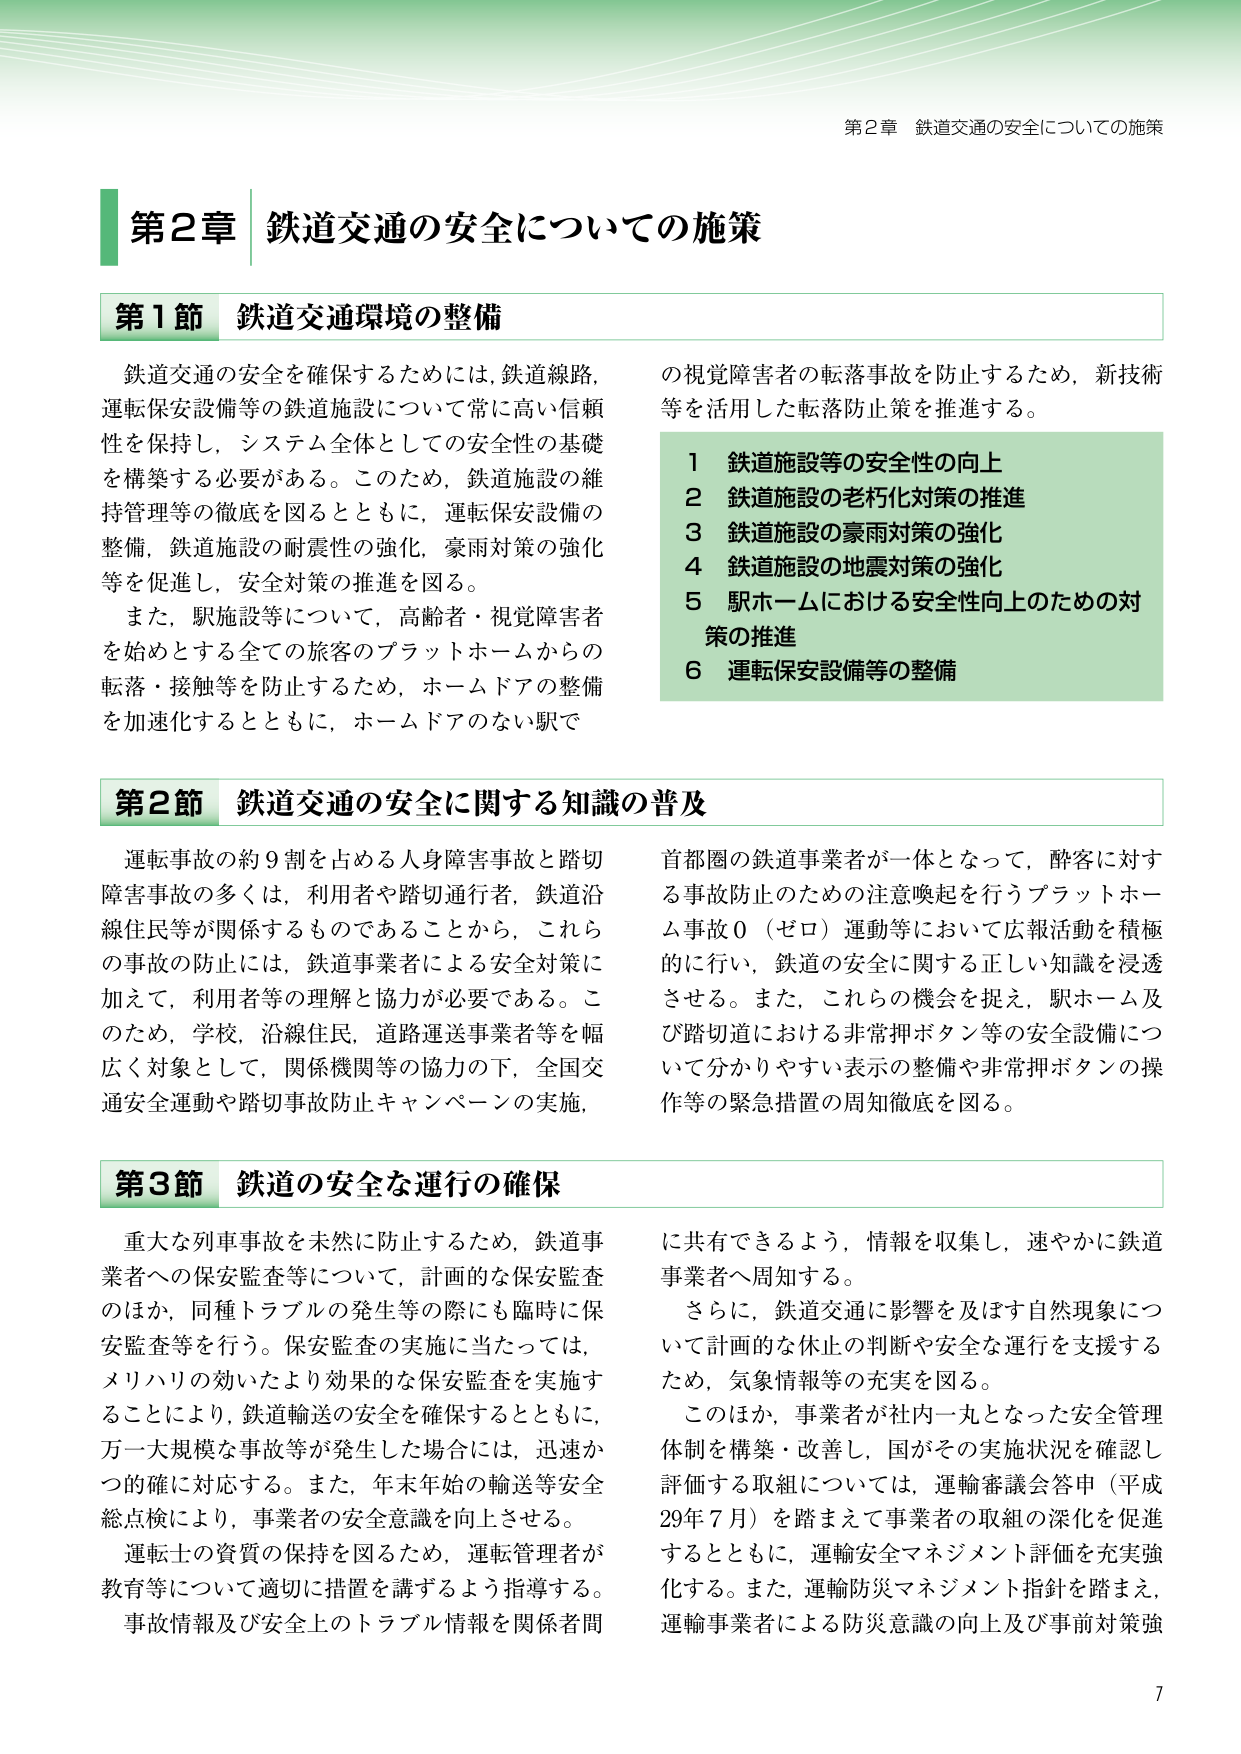
第2章 鉄道交通の安全についての施策

第1節 鉄道交通環境の整備

鉄道交通の安全を確保するためには、鉄道線路、運転保安設備等の鉄道施設について常に高い信頼性を保持し、システム全体としての安全性の基礎を構築する必要がある。このため、鉄道施設の維持管理等の徹底を図るとともに、運転保安設備の整備、鉄道施設の耐震性の強化、豪雨対策の強化等を促進し、安全対策の推進を図る。

また、駅施設等について、高齢者・視覚障害者を始めとする全ての旅客のプラットホームからの転落・接触等を防止するため、ホームドアの整備を加速化するとともに、ホームドアのない駅で

の視覚障害者の転落事故を防止するため、新技術等を活用した転落防止策を推進する。

1 鉄道施設等の安全性の向上
2 鉄道施設の老朽化対策の推進
3 鉄道施設の豪雨対策の強化
4 鉄道施設の地震対策の強化
5 駅ホームにおける安全性向上のための対策の推進
6 運転保安設備等の整備

第2節 鉄道交通の安全に関する知識の普及

運転事故の約9割を占める人身障害事故と踏切障害事故の多くは、利用者や踏切通行者、鉄道沿線住民等が関係するものであることから、これらの事故の防止には、鉄道事業者による安全対策に加えて、利用者等の理解と協力が必要である。このため、学校、沿線住民、道路運送事業者等を幅広く対象として、関係機関等の協力の下、全国交通安全運動や踏切事故防止キャンペーンの実施、

首都圏の鉄道事業者が一体となって、酔客に対する事故防止のための注意喚起を行うプラットホーム事故0（ゼロ）運動等において広報活動を積極的に行い、鉄道の安全に関する正しい知識を浸透させる。また、これらの機会を捉え、駅ホーム及び踏切道における非常押ボタン等の安全設備について分かりやすい表示の整備や非常押ボタンの操作等の緊急措置の周知徹底を図る。

第3節 鉄道の安全な運行の確保

重大な列車事故を未然に防止するため、鉄道事業者への保安監査等について、計画的な保安監査のほか、同種トラブルの発生等の際にも臨時に保安監査等を行う。保安監査の実施に当たっては、メリハリの効いたより効果的な保安監査を実施することにより、鉄道輸送の安全を確保するとともに、万一大規模な事故等が発生した場合には、迅速かつ的確に対応する。また、年末年始の輸送安全総点検により、事業者の安全意識を向上させる。

運転士の資質の保持を図るため、運転管理者が教育等について適切に措置を講ずるよう指導する。事故情報及び安全上のトラブル情報を関係者間

に共有できるよう、情報を収集し、速やかに鉄道事業者へ周知する。

さらに、鉄道交通に影響を及ぼす自然現象について計画的な休止の判断や安全な運行を支援するため、気象情報等の充実を図る。

このほか、事業者が社内一丸となった安全管理体制を構築・改善し、国がその実施状況を確認し評価する取組については、運輸審議会答申（平成29年7月）を踏まえて事業者の取組の深化を促進するとともに、運輸安全マネジメント評価を充実強化する。また、運輸防災マネジメント指針を踏まえ、運輸事業者による防災意識の向上及び事前対策強

7